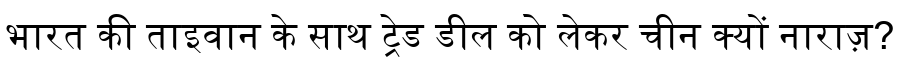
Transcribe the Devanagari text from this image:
भारत की ताइवान के साथ ट्रेड डील को लेकर चीन क्यों नाराज़?